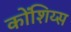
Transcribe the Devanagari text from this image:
कोंशिय्स